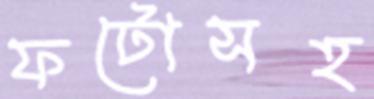
ফটোসহ